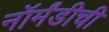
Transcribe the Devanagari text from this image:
नॉर्मंडीची